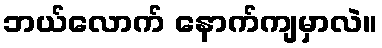
ဘယ်လောက် နောက်ကျမှာလဲ။